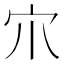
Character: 𡦾